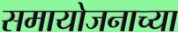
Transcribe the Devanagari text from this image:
समायोजनाच्या